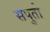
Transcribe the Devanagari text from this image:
सपुतो